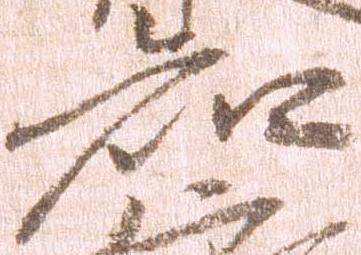
知